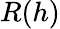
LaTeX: R(h)